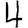
Digit: 4